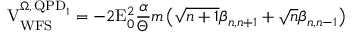
\mathrm { V } _ { \mathrm { W F S } } ^ { \Omega , \, \mathrm { Q P D } _ { 1 } } = - 2 \mathrm { E } _ { 0 } ^ { 2 } \frac { \alpha } { \Theta } m \left( \sqrt { n + 1 } \beta _ { n , n + 1 } + \sqrt { n } \beta _ { n , n - 1 } \right)